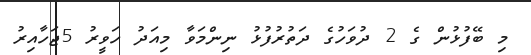
މި ބޭފުޅުން ގެ 2 ދުވަހުގެ ދަތުރުފުޅު ނިންމަވާ މިއަދު ހަވީރު 5ޖަހާއިރު